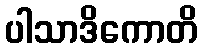
ပါသာဒိကောတိ